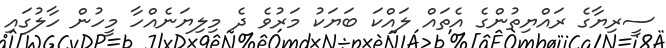
ސީރިޔާގެ ރައްޔިތުންގެ އެތައް ލައްކަ ބަޔަކު މަރުވެ ދެ މިލިޔަނެއްހާ މީހުން ހާލުގައި